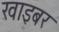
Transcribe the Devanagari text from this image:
खाइबर